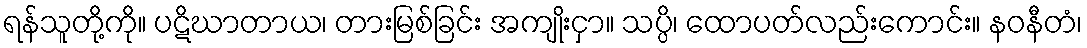
ရန်သူတို့ကို။ ပဋိဃာတာယ၊ တားမြစ်ခြင်း အကျိုးငှာ။ သပ္ပိ၊ ထောပတ်လည်းကောင်း။ နဝနီတံ၊